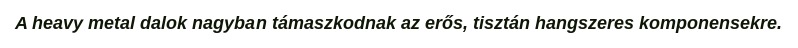
A heavy metal dalok nagyban támaszkodnak az erős, tisztán hangszeres komponensekre.